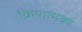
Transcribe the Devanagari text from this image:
क्रियात्मका